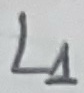
Text: L1